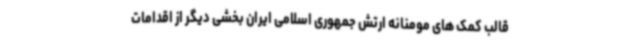
قالب کمک های مومنانه ارتش جمهوری اسلامی ایران بخشی دیگر از اقدامات